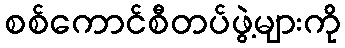
စစ်ကောင်စီတပ်ဖွဲ့များကို